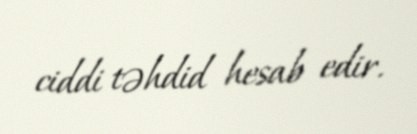
ciddi təhdid hesab edir.